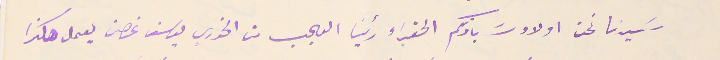
سَيدنا نحن اولاد سَيادتكم الحقراء رئينا العجب من الخوري يوسف غصن يعمل هكذا